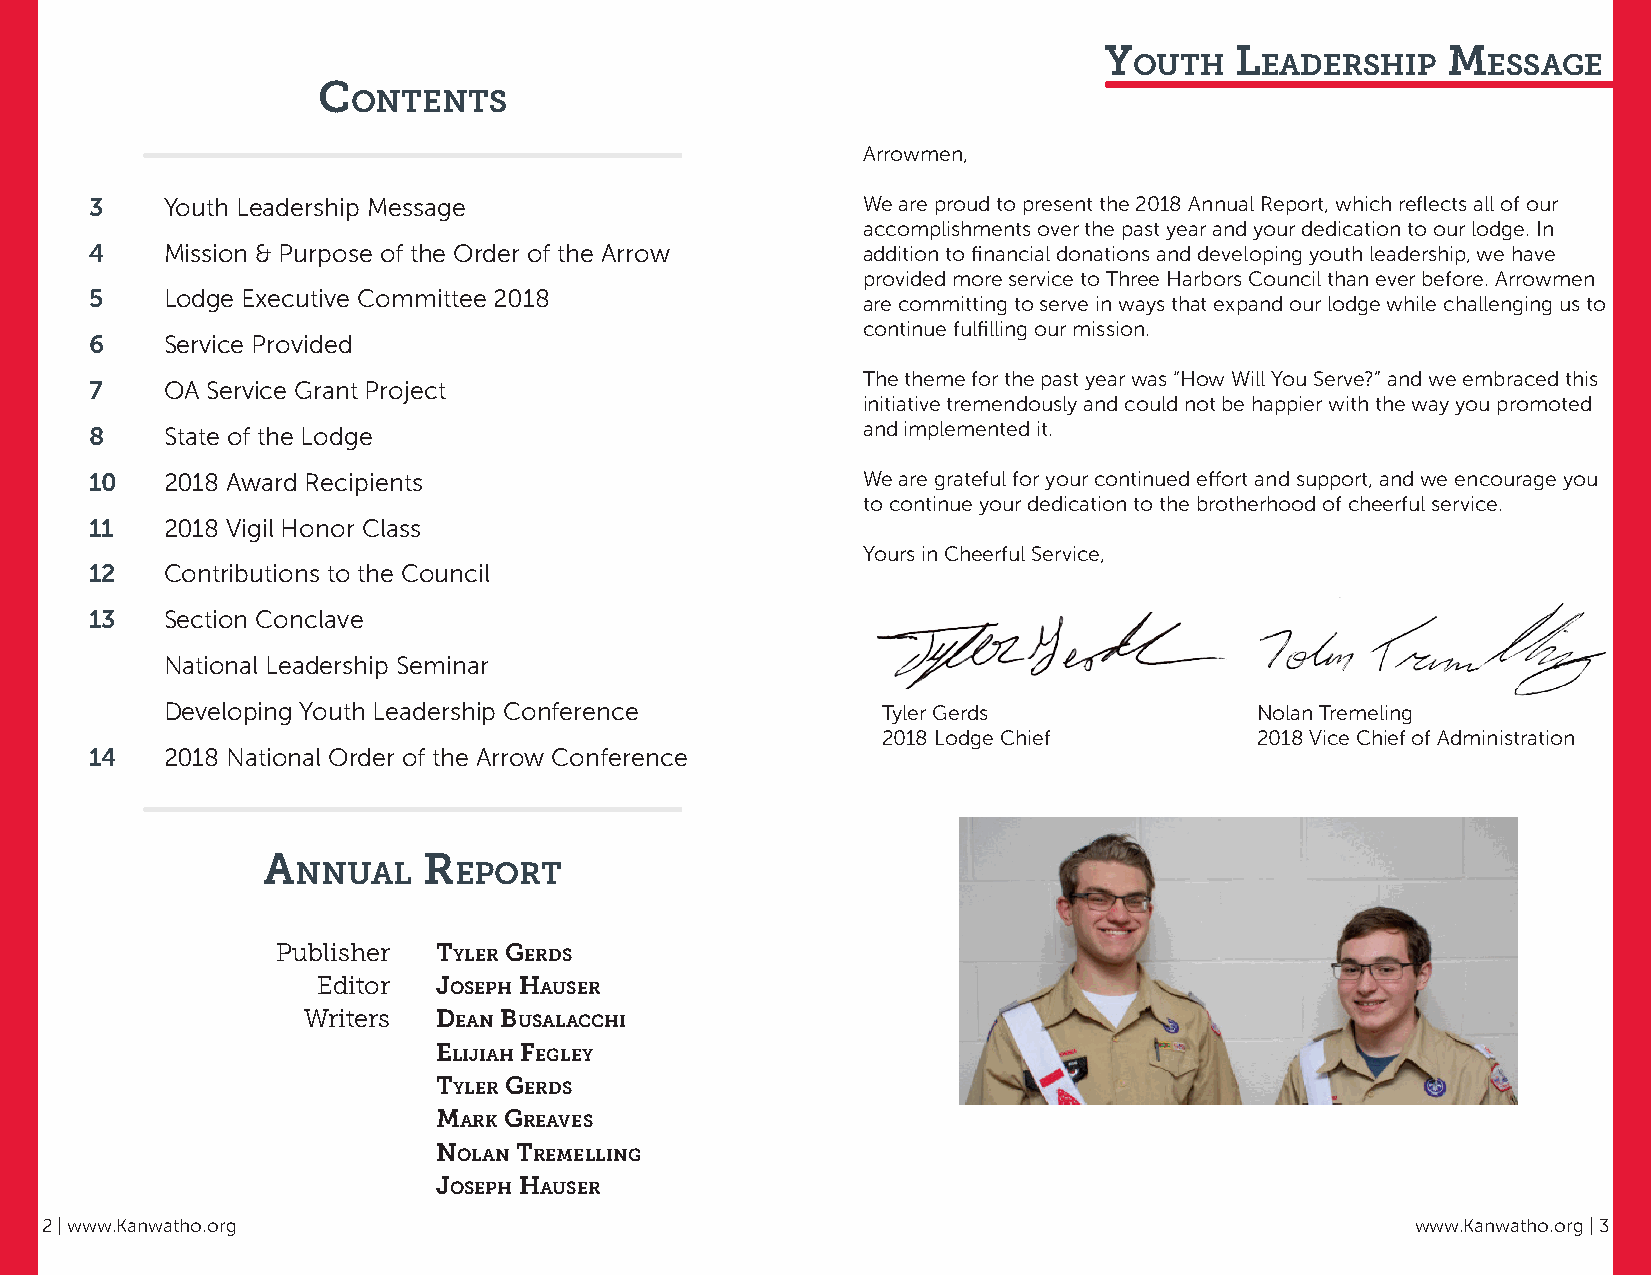
Y        L             M
 outh    eadership      essage
 C
 ontents
 Arrowmen,
 3    Youth Leadership Message                      We are proud to present the 2018 Annual Report, which reflects all of our
 accomplishments over the past year and your dedication to our lodge. In
 4    Mission & Purpose of the Order of the Arrow   addition to financial donations and developing youth leadership, we have
 provided more service to Three Harbors Council than ever before. Arrowmen
 5    Lodge Executive Committee 2018
 are committing to serve in ways that expand our lodge while challenging us to
 continue fulfilling our mission.
 6    Service Provided
 The theme for the past year was “How Will You Serve?” and we embraced this
 7    OA Service Grant Project
 initiative tremendously and could not be happier with the way you promoted
 8    State of the Lodge                            and implemented it.
 10   2018 Award Recipients                         We are grateful for your continued effort and support, and we encourage you
 to continue your dedication to the brotherhood of cheerful service.
 11   2018 Vigil Honor Class
 Yours in Cheerful Service,
 12   Contributions to the Council
 13   Section Conclave
 National Leadership Seminar
 Developing Youth Leadership Conference         Tyler Gerds              Nolan Tremeling
 2018 Lodge Chief         2018 Vice Chief of Administration
 14   2018 National Order of the Arrow Conference
 a          r
 nnuaL     eport
 Publisher  tYLer gerds
 Editor  Joseph hauser
 Writers  dean BusaLaCChi
 eLiJiah FegLeY
 tYLer gerds
 Mark greaves
 noLan treMeLLing
 Joseph hauser
 2 | www.Kanwatho.org                                                                       www.Kanwatho.org | 3